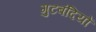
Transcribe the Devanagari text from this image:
गुटबंदियों